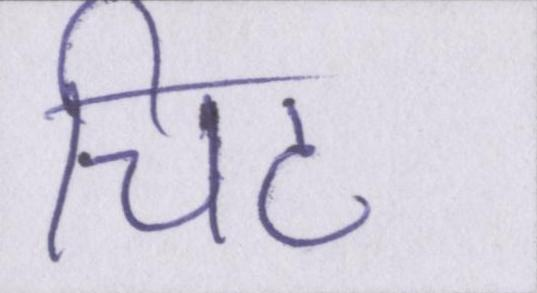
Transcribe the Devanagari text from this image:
चिट